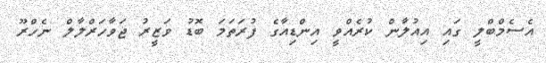
އެސެމްބްލީ ގައި އިއުލާން ކުރެއްވީ އިންޑިއާގެ ފުރަތަމަ ބޮޑު ވަޒީރު ޖަވާހަރްލާލް ނެހްރޫ